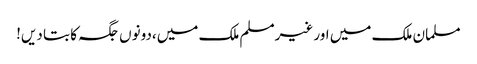
مسلمان ملک میں اور غیرمسلم ملک میں،دونوں جگہ کا بتا دیں!